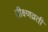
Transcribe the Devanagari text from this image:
तीक्ष्णव्रती